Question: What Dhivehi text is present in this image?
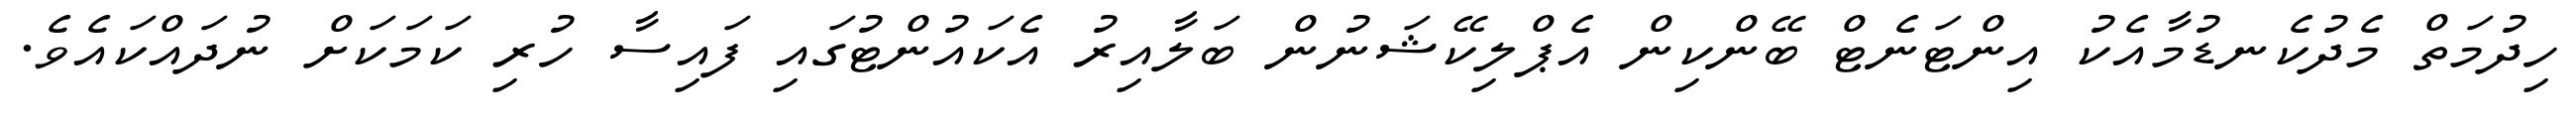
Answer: ހިދުމަތް މެދުކެނޑުމާއެކު އިންޓަނެޓް ބޭންކިން އެޕްލިކޭޝަނުން ބަލާއިރު އެކައުންޓުގައި ފައިސާ ހުރި ކަމަކަށް ނުދައްކައެވެ.